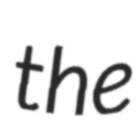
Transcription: the